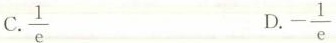
C. \frac{1}{e} D. - \frac{1}{e}